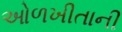
ઓળખીતાની